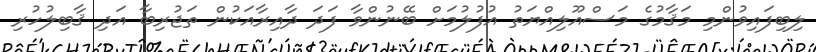
ލިބިފައިވުންމި މަޤާމުގެ މަސްއޫލިއްޔަތު އުފުލުމަށް ބޭނުންވާ ފަދަ ދާއިރާއަކުން ތަޖުރިބާ އަދި ޤާބިލުހުރި